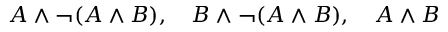
A \land \neg ( A \land B ) , \quad B \land \neg ( A \land B ) , \quad A \land B